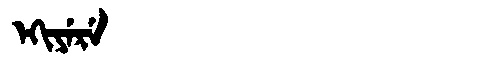
Manchu: ᡝᡴᡳᠶᡝᡵᡝ
Romanization: EKIYERE